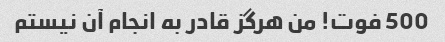
500 فوت! من هرگز قادر به انجام آن نیستم